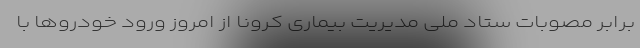
برابر مصوبات ستاد ملی مدیریت بیماری کرونا از امروز ورود خودروها با